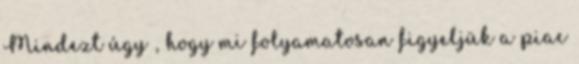
Mindezt úgy , hogy mi folyamatosan figyeljük a piac